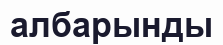
албарынды